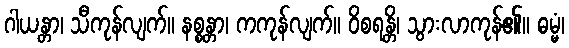
ဂါယန္တာ၊ သီကုန်လျက်။ နစ္စန္တာ၊ ကကုန်လျက်။ ဝိစရန္တိ၊ သွားလာကုန်၏။ ဓမ္မံ၊